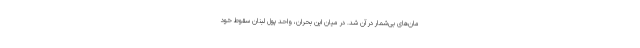
مان‌های بی‌شمار در آن شد. در میان این بحران، واحد پول لبنان سقوط خود